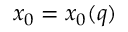
x _ { 0 } = x _ { 0 } ( q )